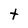
Character: t